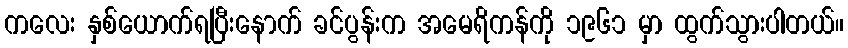
ကလေး နှစ်ယောက်ရပြီးနောက် ခင်ပွန်းက အမေရိကန်ကို ၁၉၆၁ မှာ ထွက်သွားပါတယ်။